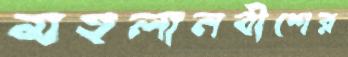
মহলানবীশের